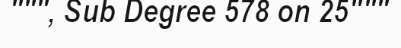
""", Sub Degree 578 on 25"""